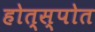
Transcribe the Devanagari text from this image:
होत्स्पोत